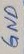
Text: GND